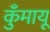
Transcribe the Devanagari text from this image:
कुँमायू